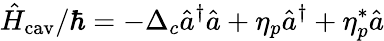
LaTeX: \hat{H}_{\mathrm{cav}}/\hbar=-\Delta_{c}\hat{a}^{\dagger}\hat{a}+\eta_{p}\hat{a}^{\dagger}+\eta_{p}^{*}\hat{a}